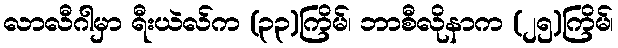
လာလီဂါမှာ ရီးယဲလ်က (၃၃)ကြိမ်၊ ဘာစီလိုနာက (၂၅)ကြိမ်၊